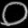
Digit: ၀